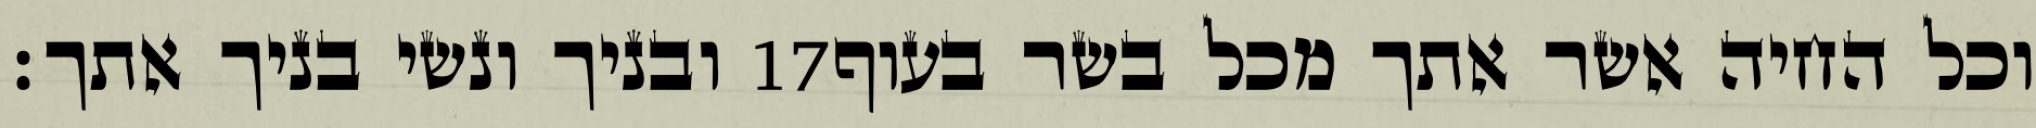
ובניך ונשי בניך אתך׃ ‎17‏ וכל החיה אשר אתך מכל בשר בעוף